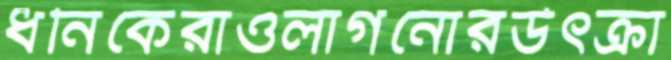
ধনিকেরাওলাগনোরউৎক্রা